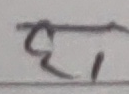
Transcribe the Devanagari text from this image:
घ